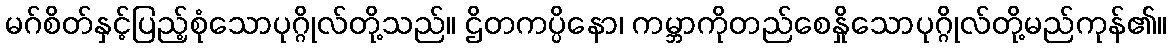
မဂ်စိတ်နှင့်ပြည့်စုံသောပုဂ္ဂိုလ်တို့သည်။ ဌိတကပ္ပိနော၊ ကမ္ဘာကိုတည်စေနှိုသောပုဂ္ဂိုလ်တို့မည်ကုန်၏။